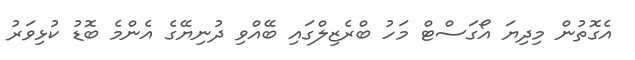
އެގޮތުން މިދިޔަ އޯގަސްޓް މަހު ބްރެޒިލްގައި ބޭއްވި ދުނިޔޭގެ އެންމެ ބޮޑު ކުޅިވަރު